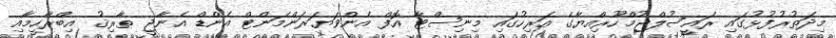
މިދަތުރުފުޅުގައި ރައީސުލްޖުމްހޫރިއްޔާގެ އަރިހުގައި މިނިސްޓާ އޮފް އެންވަޔަރަންމަންޓް އެންޑް އެނާޖީ ޠާރިޤު އިބްރާހީމާއި